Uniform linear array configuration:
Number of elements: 4
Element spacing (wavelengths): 0.5
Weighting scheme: uniform
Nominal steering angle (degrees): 15
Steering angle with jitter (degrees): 14.688
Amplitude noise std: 0.05
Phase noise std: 0.05

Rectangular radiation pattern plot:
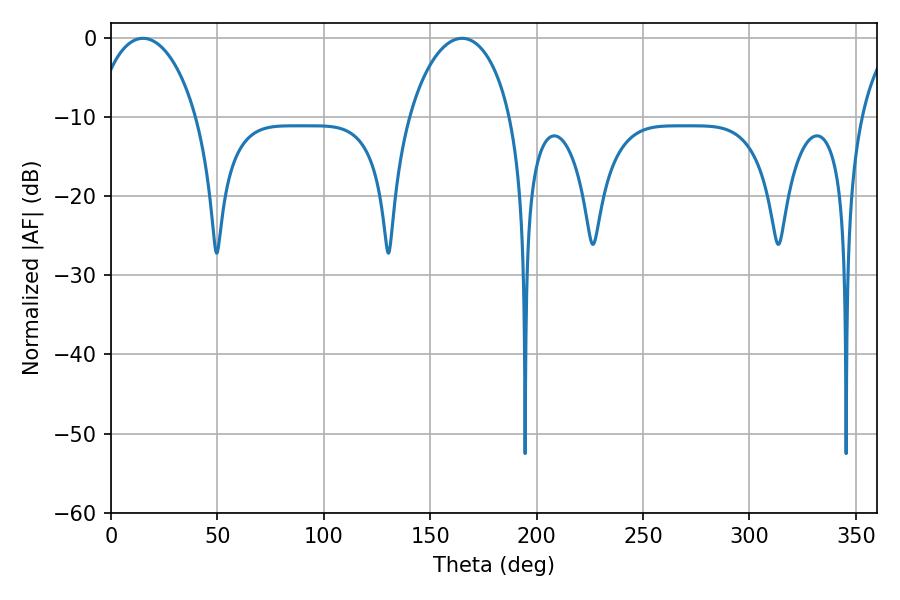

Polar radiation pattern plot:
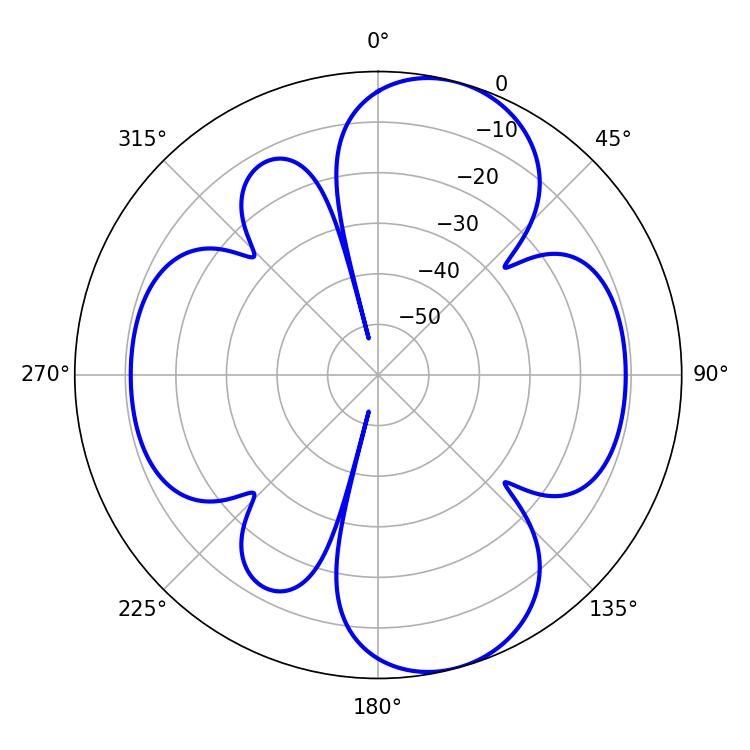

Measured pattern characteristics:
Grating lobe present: FALSE
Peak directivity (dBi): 9.092
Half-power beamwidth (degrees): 27.36
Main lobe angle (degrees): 14.94